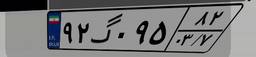
۵۹گ۷۱۷۰۹